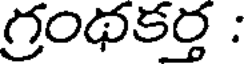
గ్రంథకర్త :